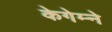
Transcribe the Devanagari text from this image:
केगेम्ने